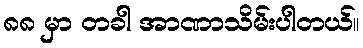
၈၈ မှာ တခါ အာဏာသိမ်းပါတယ်။